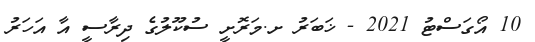
10 އޯގަސްޓު 2021 - ޚަބަރު ށ.މަރޮށީ ސުކޫލުގެ ދިރާސީ އާ އަހަރު